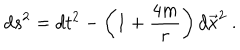
LaTeX: d s ^ { 2 } = d t ^ { 2 } - \left( 1 + { \frac { 4 m } { r } } \right) d \vec { x } ^ { 2 } \ .